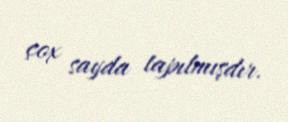
çox sayda tapılmışdır.